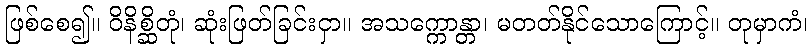
ဖြစ်စေ၍။ ဝိနိစ္ဆိတုံ၊ ဆုံးဖြတ်ခြင်းငှာ။ အသက္ကောန္တာ၊ မတတ်နိုင်သောကြောင့်။ တုမှာကံ၊